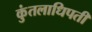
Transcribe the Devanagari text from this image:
कुंतलाधिपती